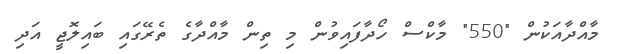
މާއްދާއަކުން "550" މާކްސް ހޯދާފައިވުން މި ތިން މާއްދާގެ ތެރޭގައި ބައިލޮޖީ އަދި